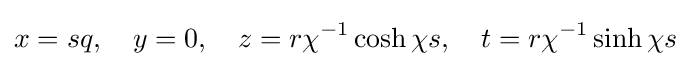
x=sq,\quad y=0,\quad z=r\chi ^{-1}\cosh \chi s,\quad t=r\chi ^{-1}\sinh \chi s